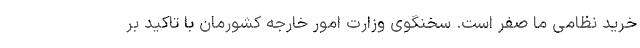
خرید نظامی ما صفر است. سخنگوی وزارت امور خارجه کشورمان با تاکید بر